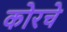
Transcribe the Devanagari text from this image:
कोरचे